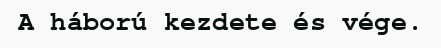
A háború kezdete és vége.